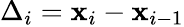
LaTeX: \Delta_{i}=\mathbf{x}_{i}-\mathbf{x}_{i-1}